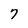
Character: 7